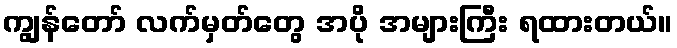
ကျွန်တော် လက်မှတ်တွေ အပို အများကြီး ရထားတယ်။